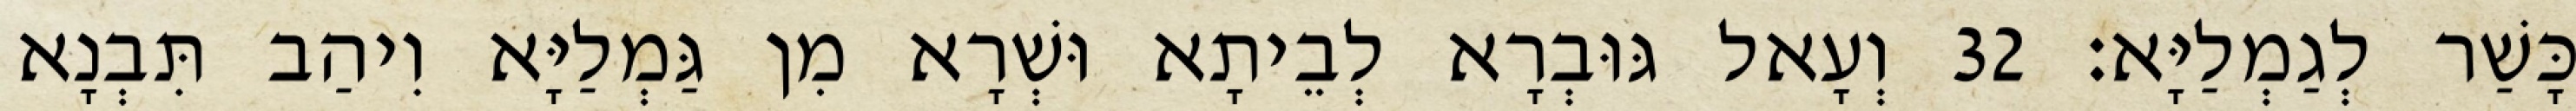
כָּשַׁר לְגַמְלַיָּא׃ 32 וְעָאל גּוּבְרָא לְבֵיתָא וּשְׁרָא מִן גַּמְלַיָּא וִיהַב תִּבְנָא